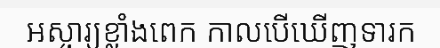
អស្ចារ្យខ្លាំងពេក កាលបើឃើញទារក